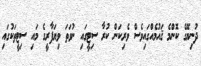
ދުނިޔޭގެ ކޮންމެ ޤައުމެއްގައިވެސް ވެރިކަން ކުރާ ސިޓީގައި ނުވަތަ ވިޔަފާރީގެ މައި ސިޓީތަކުގައި